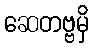
ဆေတဗ္ဗမှိ